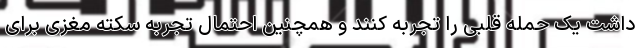
داشت یک حمله قلبی را تجربه کنند و همچنین احتمال تجربه سکته مغزی برای